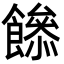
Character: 𩞼